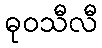
ဓုဝသီလီ